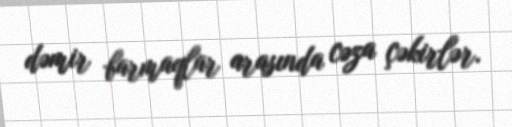
dəmir barmaqlar arasında cəza çəkirlər.